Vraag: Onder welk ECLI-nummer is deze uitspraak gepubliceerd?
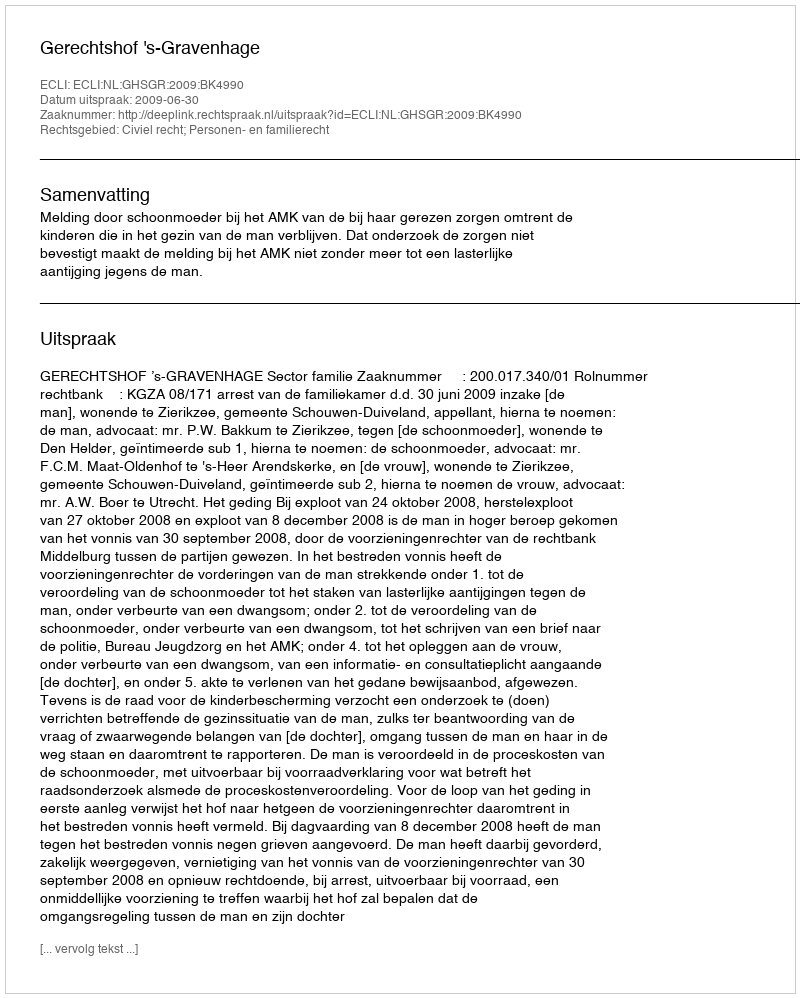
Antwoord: ECLI:NL:GHSGR:2009:BK4990